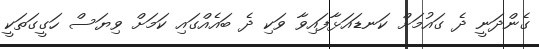
ގެންދަނީ ދެ ގައުމަށް ކަނޑައަޅާފައިވާ ވަކި ދެ ބައެއްގައި ކަމަށް ވިޔަސް ހަގީގަތަކީ